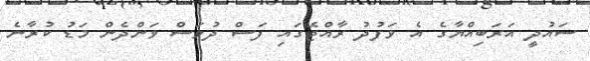
ސައުދީ އަރަބިއްޔާގެ އެ ވަފުދު ރާއްޖޭގައި ފަސް ދުވަސް ވަންދެން މަޑު ކުރާނެ